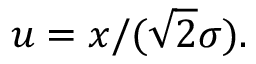
u = x / ( { \sqrt { 2 } } \sigma ) .